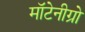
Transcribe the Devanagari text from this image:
मॉटेनीग्रो